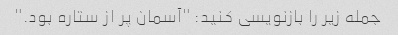
جمله زیر را بازنویسی کنید: "آسمان پر از ستاره بود."